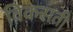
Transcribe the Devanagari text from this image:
विकसती